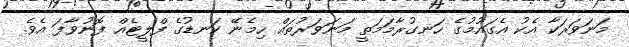
މަނަވަރަކާ އެކު އެގައުމުގެ ހަނގުރާމަމަތީ މަނަވަރުތައް ހިމެނޭ ކަނޑުގެ ފްލީޓެއް ފޮނުވާފަ އެވެ.